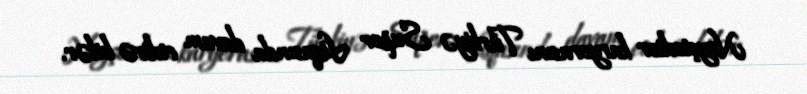
Noyştedter karyerasını Türkiyə Super Liqasında davam etdirə bilər.